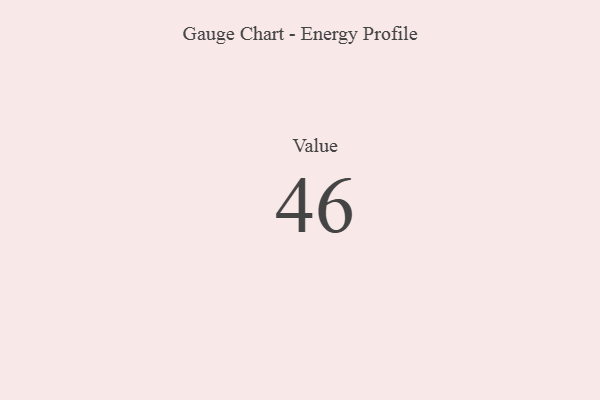
{"axis": {"x": "Metric", "y": "Value"}, "legend": [""], "data": [{"x": "Value", "y": 46, "type": ""}]}